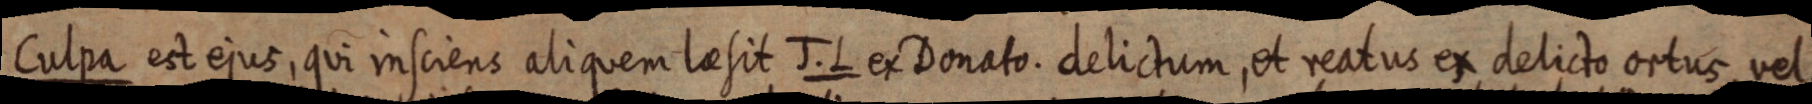
Culpa est ejus, qui insciens aliquem laesit J. L ex Donato. delictum, et reatus ex delicto ortus vel